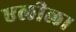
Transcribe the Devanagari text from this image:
एलील।